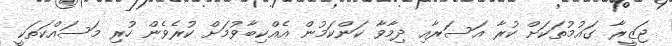
ޖަޒީރާ ގައުމުތަކަށް ކުރާ އަސަރާއި ދިމާވާ ކަންކަމުން އެއްކިބާވުމަށް ކުރެވެން ހުރި މަސައްކަތަކީ